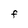
Character: F